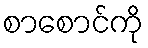
စာစောင်ကို